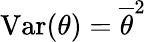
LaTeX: \mathrm{Var}(\theta)=\overline{{\theta}}^{2}